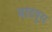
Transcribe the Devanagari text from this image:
माडपुरा